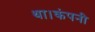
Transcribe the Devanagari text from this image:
था।कंपनी